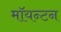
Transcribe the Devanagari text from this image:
मॉयन्टन